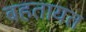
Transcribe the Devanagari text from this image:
बहतायत